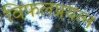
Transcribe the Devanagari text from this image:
विफलप्रयत्न